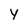
Character: Y